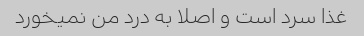
غذا سرد است و اصلا به درد من نمیخورد